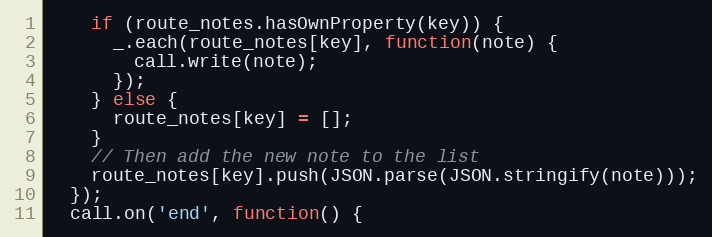
Language: JavaScript
    if (route_notes.hasOwnProperty(key)) {
      _.each(route_notes[key], function(note) {
        call.write(note);
      });
    } else {
      route_notes[key] = [];
    }
    // Then add the new note to the list
    route_notes[key].push(JSON.parse(JSON.stringify(note)));
  });
  call.on('end', function() {